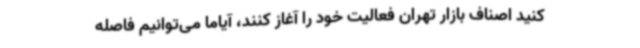
کنید اصناف بازار تهران فعالیت خود را آغاز کنند، آیاما می‌توانیم فاصله